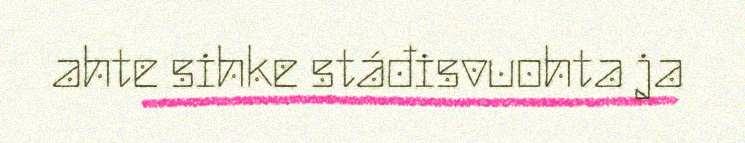
ahte sihke stáđisvuohta ja